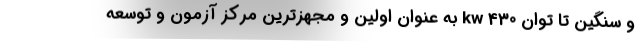
و سنگین تا توان 430 kw به عنوان اولین و مجهزترین مرکز آزمون و توسعه